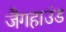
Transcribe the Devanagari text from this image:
जैगहाउंड